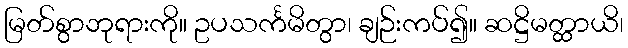
မြတ်စွာဘုရားကို။ ဥပသင်္ကမိတွာ၊ ချဉ်းကပ်၍။ ဆဋ္ဌိမတ္ထာယိ၊